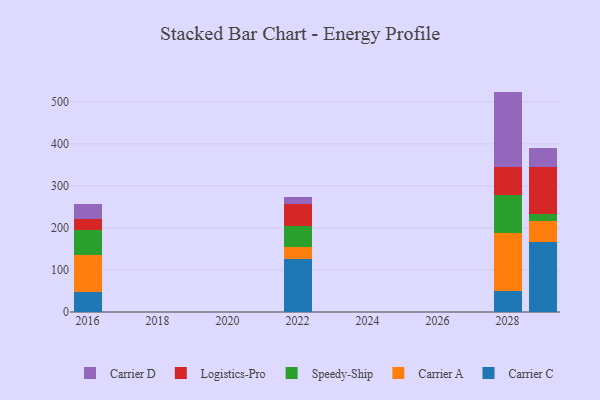
{"axis": {"x": "Year", "y": "Energy Usage (MWh)"}, "legend": ["Carrier A", "Carrier C", "Carrier D", "Logistics-Pro", "Speedy-Ship"], "data": [{"x": "2029", "y": 167.6, "type": "Carrier C"}, {"x": "2029", "y": 49.6, "type": "Carrier A"}, {"x": "2029", "y": 15.6, "type": "Speedy-Ship"}, {"x": "2029", "y": 112.4, "type": "Logistics-Pro"}, {"x": "2029", "y": 44.9, "type": "Carrier D"}, {"x": "2016", "y": 47.2, "type": "Carrier C"}, {"x": "2016", "y": 88.9, "type": "Carrier A"}, {"x": "2016", "y": 58.0, "type": "Speedy-Ship"}, {"x": "2016", "y": 27.6, "type": "Logistics-Pro"}, {"x": "2016", "y": 35.5, "type": "Carrier D"}, {"x": "2028", "y": 49.3, "type": "Carrier C"}, {"x": "2028", "y": 139.3, "type": "Carrier A"}, {"x": "2028", "y": 89.2, "type": "Speedy-Ship"}, {"x": "2028", "y": 67.6, "type": "Logistics-Pro"}, {"x": "2028", "y": 178.7, "type": "Carrier D"}, {"x": "2022", "y": 126.3, "type": "Carrier C"}, {"x": "2022", "y": 28.2, "type": "Carrier A"}, {"x": "2022", "y": 49.4, "type": "Speedy-Ship"}, {"x": "2022", "y": 53.4, "type": "Logistics-Pro"}, {"x": "2022", "y": 17.0, "type": "Carrier D"}]}